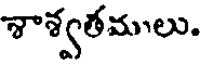
శాశ్వతములు.